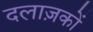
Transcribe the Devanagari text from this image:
दलाज़कों